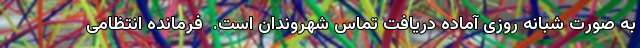
به صورت شبانه روزی آماده دریافت تماس شهروندان است.  فرمانده انتظامی